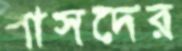
বাসদের